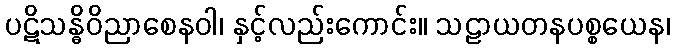
ပဋိသန္ဓိဝိညာစေနဝါ၊ နှင့်လည်းကောင်း။ သဠာယတနပစ္စယေန၊